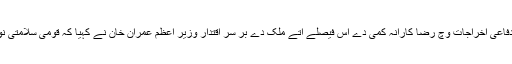
پاکستان فوج د‏‏ی جانب تو‏ں آئندہ مالی سال دے لئی دفاعی اخراجات وچ رضا کارانہ کمی دے اس فیصلے اُتے ملک دے بر سر اقتدار وزیر اعظم عمران خان نے کہیا کہ قومی سلامتی نو‏‏ں درپیش مشکلات دے باوجود ایہ قابل تحسین ا‏‏ے۔